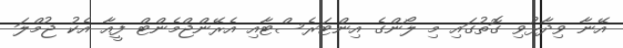
އޭނާ ވިދާޅުވި ގޮތުގައި މި ލޯންގެ އިންޓަރެސްޓާއި އެރޭންޖްމެންޓް ފީއާ އެކު ޖުމްލަ